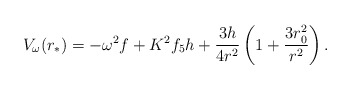
\begin{align*}V_\omega(r_*) = - \omega^2 f + K^2 f_5 h + {3 h \over 4 r^2} \left ( 1 + {3 r_0^2 \over r^2} \right ).\end{align*}